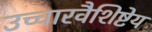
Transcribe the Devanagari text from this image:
उच्चारवैशिष्टेय